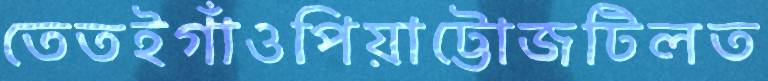
তেতইগাঁওপিয়াট্টোজটিলত